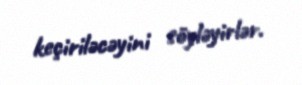
keçiriləcəyini söyləyirlər.